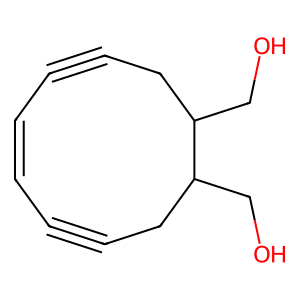
SMILES: OCC1CC#CC=CC#CCC1CO
Inhibits HIV replication: No